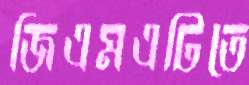
জিএমএটিতে